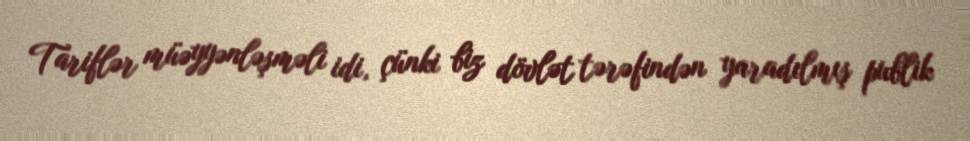
Tariflər müəyyənləşməli idi, çünki biz dövlət tərəfindən yaradılmış publik